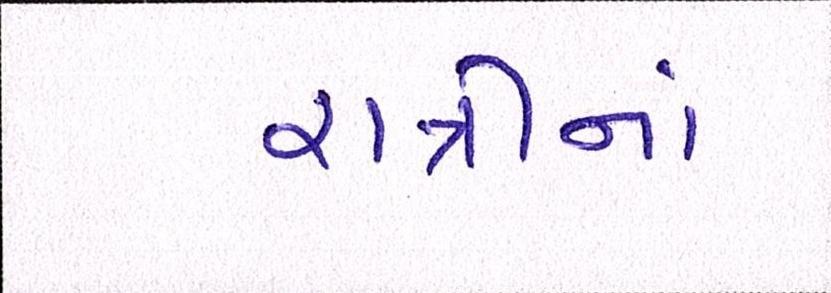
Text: રાત્રીનાં